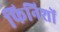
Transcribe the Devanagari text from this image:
फिनिशों